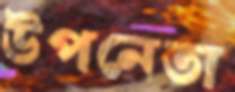
উপনেতা